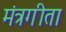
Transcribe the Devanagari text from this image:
मंत्रगीता